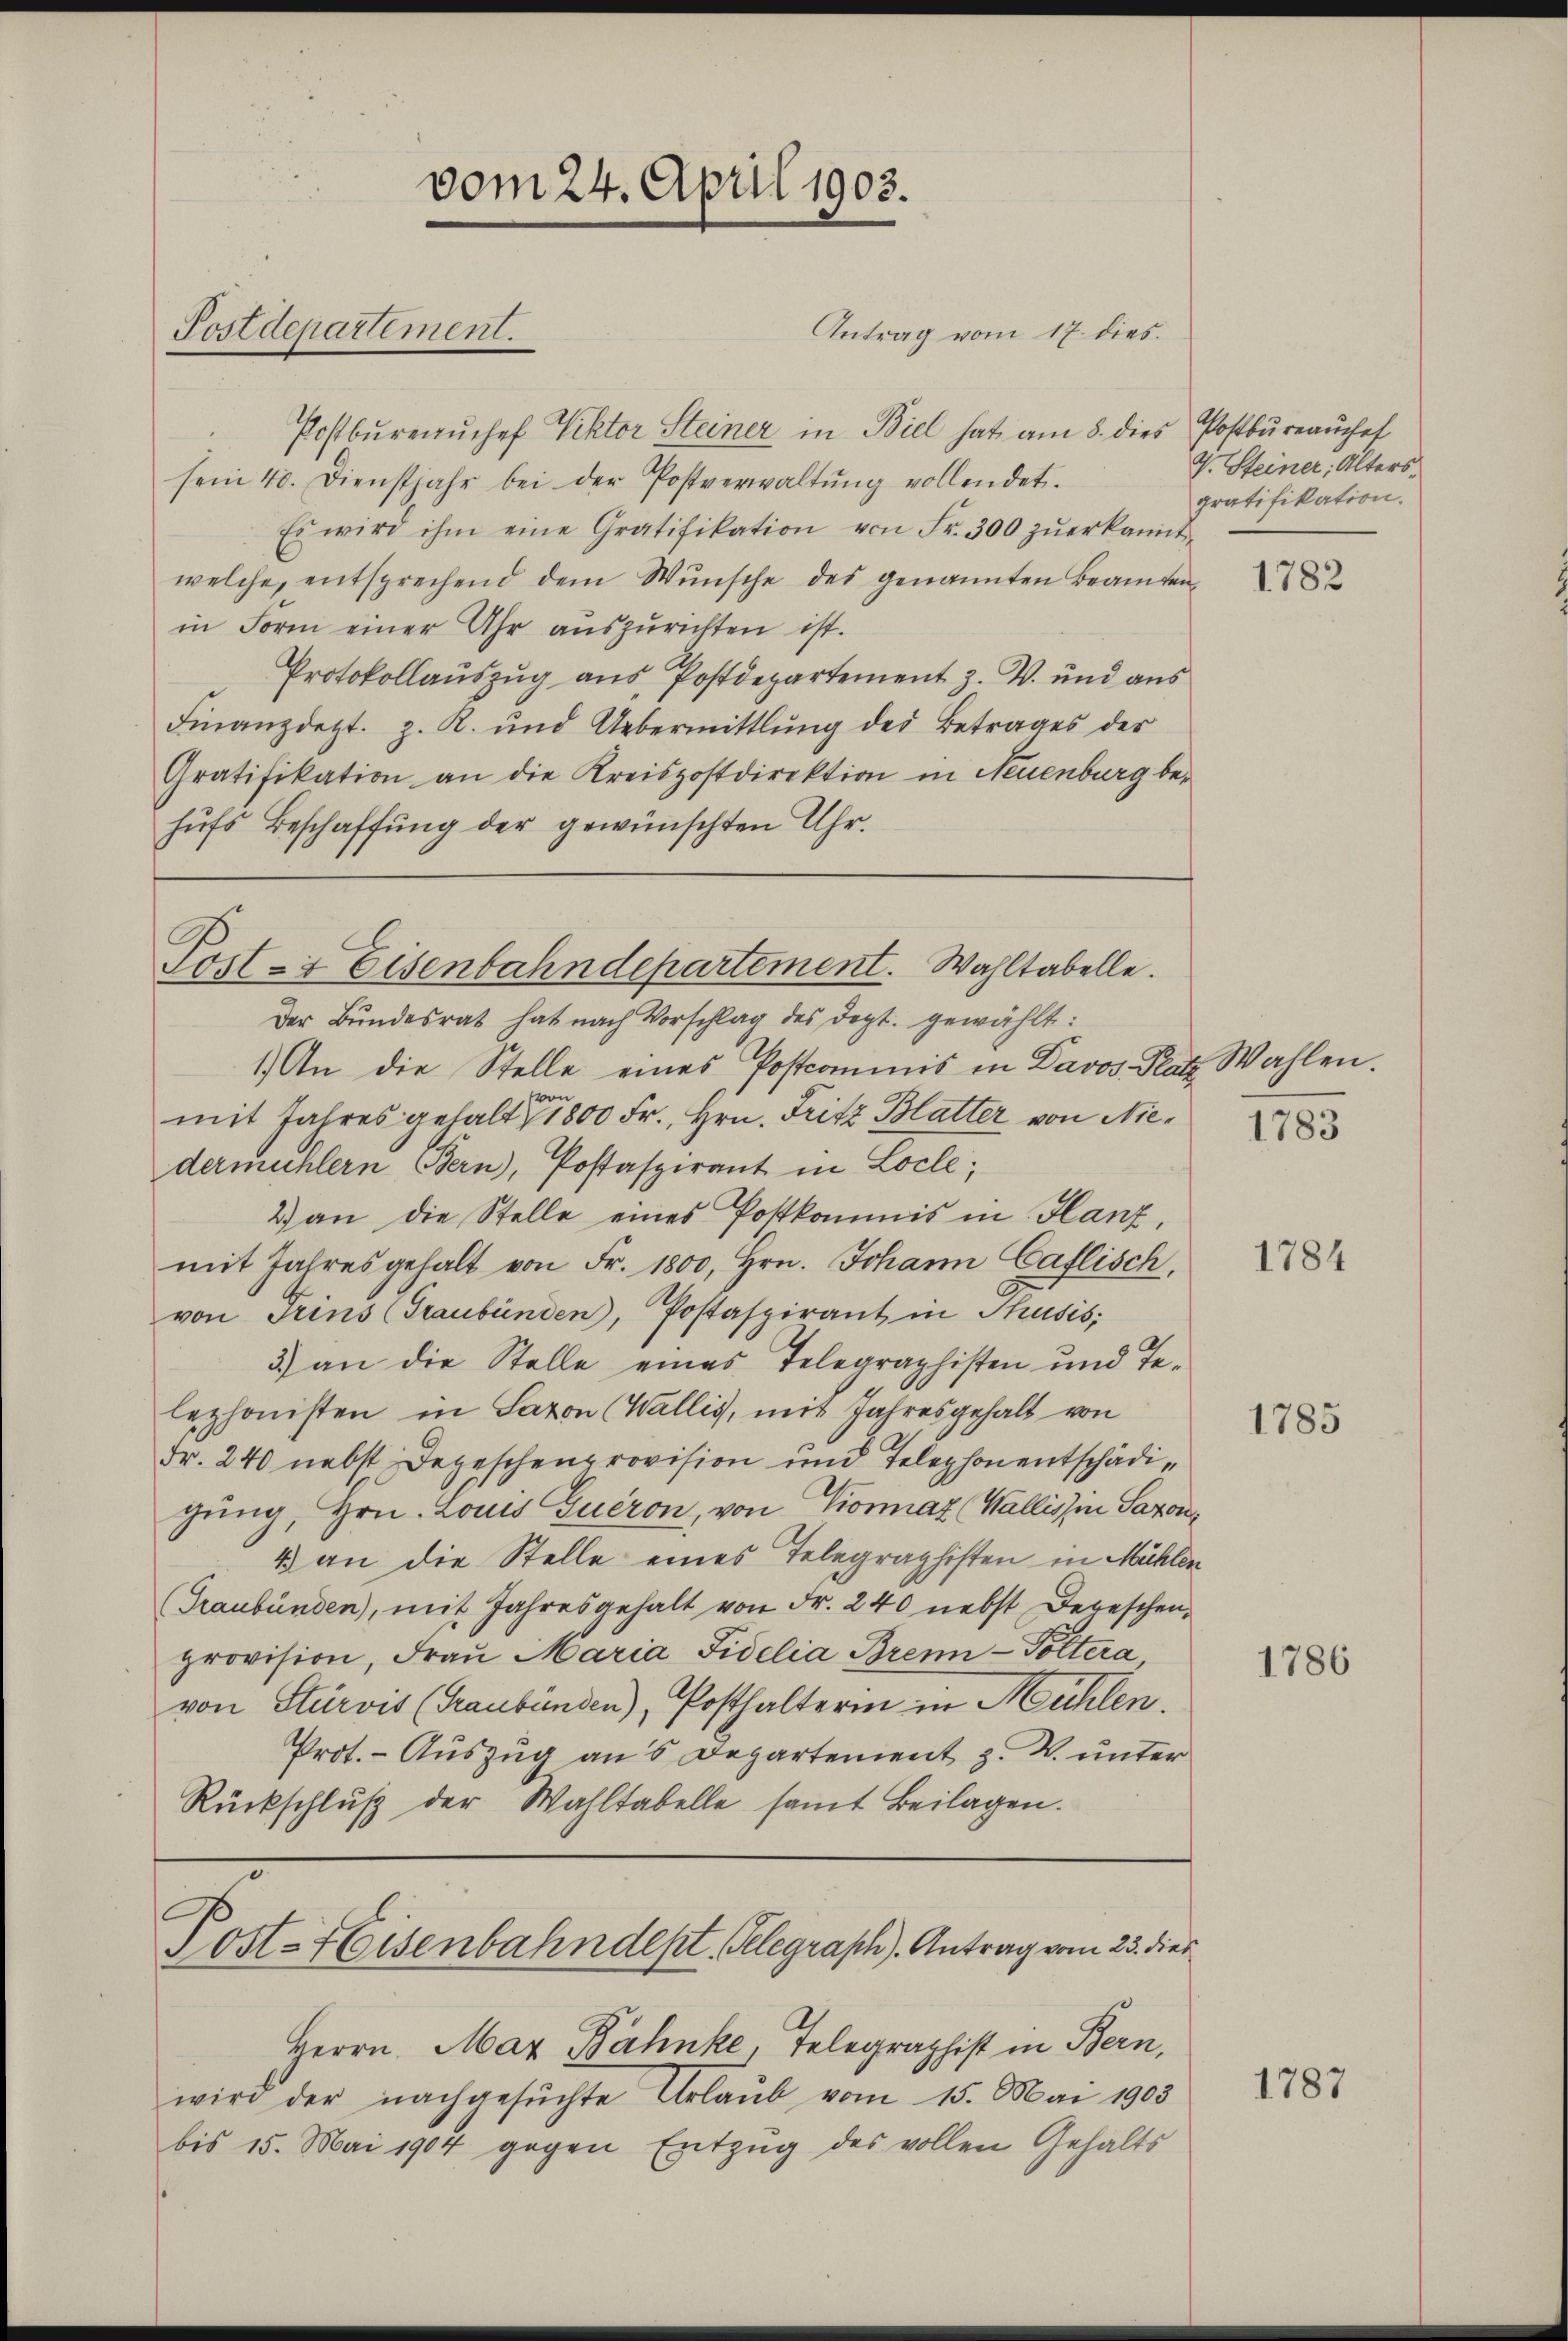
Postbureauosef Viktor Steiner in Biel hat am 8. dies Postbureauchef
sein 40. Dienstjahr bei der Postverwaltŭng vollendet.
Es wird ihm eine Gratifikation von Fr. 300 zŭerkannt.
welche, entsprechend dem Wunsche des genannten Beamten,
in Form einer Uhr auszurichten ist.
Protokollauszug aus Postdepartement z. B. und aus
Finanzdezt. z. K. und Uebermittlung der Betrages der
Gratifikation an die Kreispostdirektion in Neuenburg behŭfs Beschaffŭng der gewünschten Uhr.

Postdepartement.

vom 24. April 1903.

Der Bundesrat hat nach Vorschlag des Dept. gewählt:
1.) An die Stelle eines Postcommis in Davos Platz Wahlen.
von
mit Jahres gehalt 1800 Fr., Hrn. Fritz Blatter von Niedermühlern Bern, Postaspirant in Loche;
2) an die Stelle eines Postkommis in Hanz,
mit Jahresgehalt von Fr. 1800, Hrn. Johann Caflisch,
von Grins (Graubünden, Postaspirant in Thusis;
3) an die Stelle eines Telegraphisten und Te-
lephonisten in Saxon (Wallis, mit Jahresgehalt von
Fr. 240 nebst Depeschenprovision und Telephon entschädigung, Hrn. Louis Guéron, von Pioraz (Wallis in Saxons
4 an die Stelle eines Telegraphisten in Mühlen
(Graubünden, mit Jahresgehalt von Fr. 240 nebst Depeschen,
provision, Frau Maria Fidelia Brenn-Pöltera
von Stürvis (Graubünden), Posthaltern in Mühlen.
Prot. - Auszug aus Departement z. W. unter
Rückschluß der Wahltabelle samt Beilagen.

Herrn May Bähnke, Telegraphist in Bern,
wird der nachgesŭchte Urlaub vom 15. Mai 1903
bis 15. Mai 1904 gegen Entzug des vollen Gehalts

Antrag vom 17. dies

Post- & Eisenbahndepartement. Wahltabelle.

Post-Heisenbahndept, Gelegraph). Antrag vom 23. dies

J. Steiner Alters
gratifikation.

1782

1783

1784

1785

1786

1787